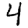
Digit: 4